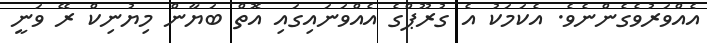
އެއްވަރުވެގެންނެވެ. އެކަމަކު އެ ގުރޫޕްގެ އެއްވަނައިގައި އޮތް ބަޔާން މިޔުނިކް ރޭ ވަނީ